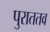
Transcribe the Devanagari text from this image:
पुराततव